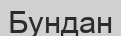
Бундан